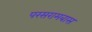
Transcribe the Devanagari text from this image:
परसरामबास